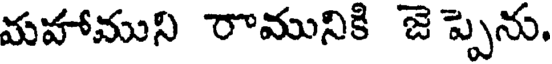
మహాముని రామునికి జె ప్పెను.